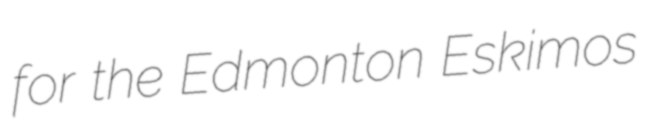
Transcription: for the Edmonton Eskimos